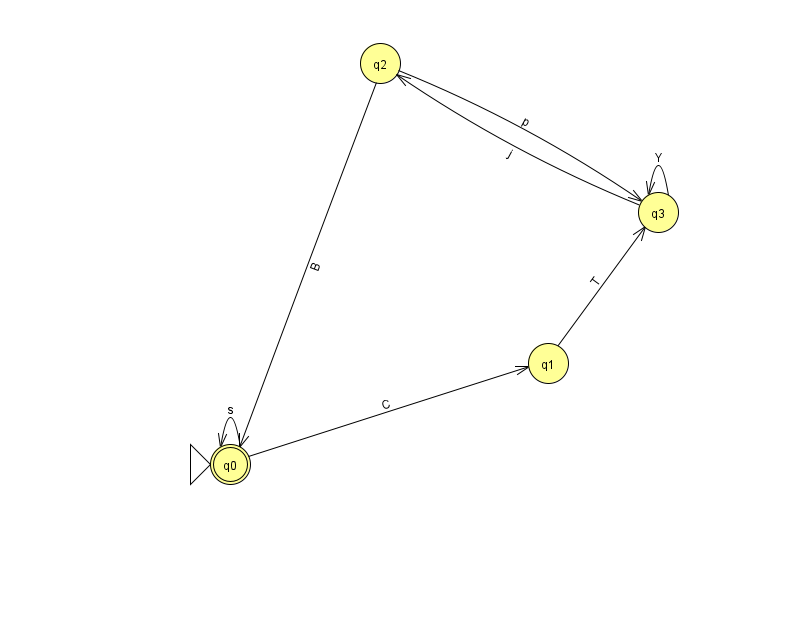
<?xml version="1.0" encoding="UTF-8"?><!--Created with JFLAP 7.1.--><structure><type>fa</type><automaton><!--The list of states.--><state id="0" name="q0"><x>230.0</x><y>451.0</y><initial/><final/></state><state id="1" name="q1"><x>548.0</x><y>350.0</y></state><state id="2" name="q2"><x>380.0</x><y>50.0</y></state><state id="3" name="q3"><x>658.0</x><y>199.0</y></state><!--The list of transitions.--><transition><from>2</from><to>3</to><read>p</read></transition><transition><from>0</from><to>0</to><read>s</read></transition><transition><from>0</from><to>1</to><read>C</read></transition><transition><from>3</from><to>3</to><read>Y</read></transition><transition><from>1</from><to>3</to><read>T</read></transition><transition><from>3</from><to>2</to><read>j</read></transition><transition><from>2</from><to>0</to><read>B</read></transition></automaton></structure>